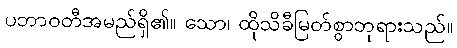
ပဘာဝတီအမည်ရှိ၏။ သော၊ ထိုသိခီမြတ်စွာဘုရားသည်။